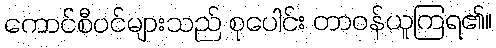
ကောင်စီဝင်များသည် စုပေါင်း တာဝန်ယူကြရ၏။